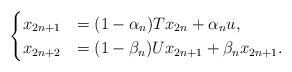
LaTeX: \begin{align*}\begin{cases}x_{2n+1}&=(1-\alpha_n)Tx_{2n} + \alpha_n u,\\x_{2n+2}&=(1-\beta_n)Ux_{2n+1} + \beta_nx_{2n+1}.\end{cases}\end{align*}